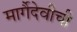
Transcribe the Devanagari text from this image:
मार्गैदेवीची